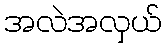
အလဲအလှယ်